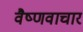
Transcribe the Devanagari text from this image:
वैष्णवाचार